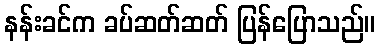
နန်းခင်က ခပ်ဆတ်ဆတ် ပြန်ပြောသည်။